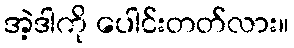
အဲ့ဒါကို ပေါင်းတတ်လား။